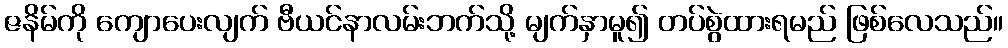
ဇနိမ်ကို ကျောပေးလျက် ဗီယင်နာလမ်းဘက်သို့ မျက်နှာမူ၍ တပ်စွဲထားရမည် ဖြစ်လေသည်။